Civil Veterinary Department Bihar reports 1936-40 - 1936-1940
Year: 1936
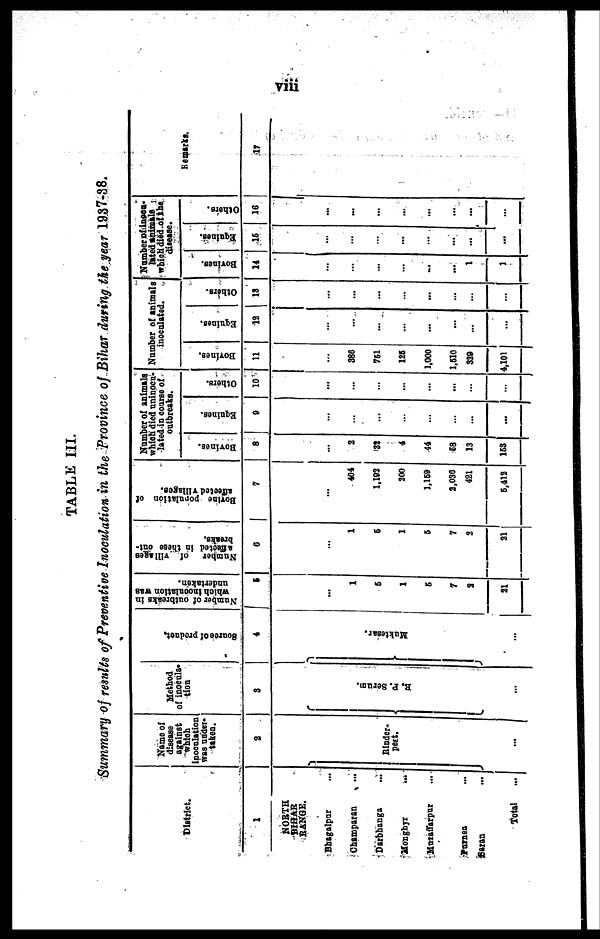
viii
TABLE III.
Summary of results of Preventive Inoculation in the Province of Bihar during the year 1937-38.
District.
1
NORTH
BIHAR
RANGE.
Bhagalpur ...
Champaran ...
Darbhanga ...
Mongbyr ...
Myraffarpur ...
Purnea ...
Saran ...
Total ...
Name of
disease
against
which
Inoculation
was under-
taken.
2
Binder-
pett.
...
Method
of inoculs-
tion
3
B. P. Ser um.
...
Source of product.
4
Mukt es ar .
...
Number of outbreaks in
which incoulation was
undertaken.
5
...
1
5
1
6
7
2
21
Number
of Villages
affected In these out-
breaks.
6
...
1
6
1
6
7
2
31
Bovine
population of
affected villages.
7
...
404
1,102
300
1,159
2,036
421
5,413
Number of animals
which died uninocu-
lated in course of
outbreaks.
Bovincs.
8
...
2
32
4
44
58
13
163
Equities.
9
...
...
...
...
...
...
...
...
Others.
10
...
...
...
...
...
...
...
...
Number of animals
inoculated.
Bovines.
11
...
386
761
125
1,000
1,610
339
4,101
Equines.
12
...
...
...
...
...
...
...
...
Others.
13
...
...
...
...
...
...
...
...
Number of inoca-
lated animals
which died of the
disease.
Bovines.
14
...
...
...
...
...
...
1
1
Equines.
15
...
...
...
...
...
...
...
...
Others.
16
...
...
...
...
...
...
...
...
Remarks.
17